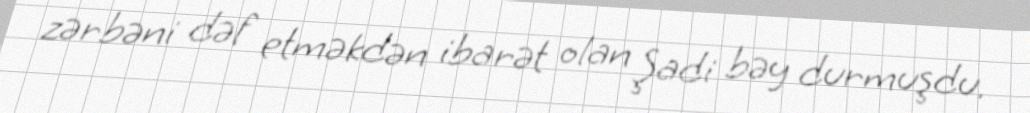
zərbəni dəf etməkdən ibarət olan Şadi bəy durmuşdu.